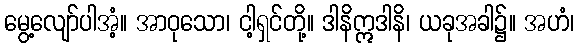
မွေ့လျော်ပါအံ့။ အာဝုသော၊ ငါ့ရှင်တို့။ ဒါနိဣဒါနိ၊ ယခုအခါ၌။ အဟံ၊